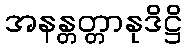
အနန္တတ္တာနုဒိဋ္ဌိ